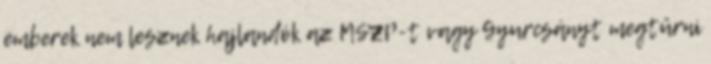
emberek nem lesznek hajlandók az MSZP-t vagy Gyurcsányt megtűrni